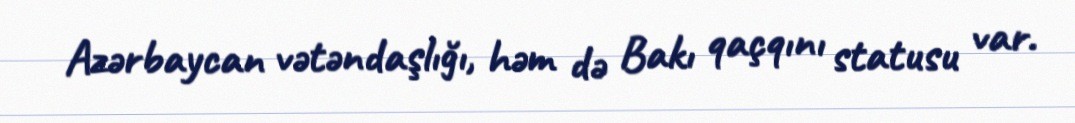
Azərbaycan vətəndaşlığı, həm də Bakı qaçqını statusu var.